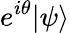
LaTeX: e^{i\theta}|\psi\rangle